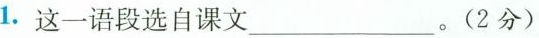
1.这一语段选自课文___。(2分)